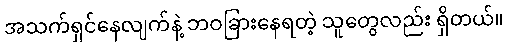
အသက်ရှင်နေလျက်နဲ့ ဘဝခြားနေရတဲ့ သူတွေလည်း ရှိတယ်။